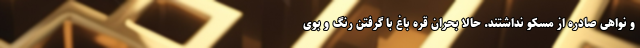
و نواهی صادره از مسکو نداشتند. حالا بحران قره باغ با گرفتن رنگ و بوی